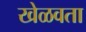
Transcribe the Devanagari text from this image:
खेळवता